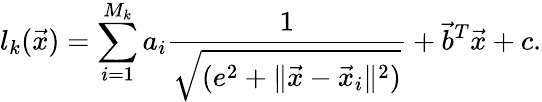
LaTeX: l_{k}(\vec{x})=\sum_{i=1}^{M_{k}}a_{i}\frac{1}{\sqrt{(e^{2}+\| \vec{x}-\vec{x}_{i}\| ^{2})}}+\vec{b}^{T}\vec{x}+c.